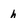
Character: h